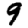
Digit: 9